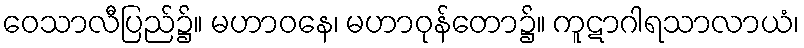
ဝေသာလီပြည်၌။ မဟာဝနေ၊ မဟာဝုန်တော၌။ ကူဋာဂါရသာလာယံ၊